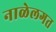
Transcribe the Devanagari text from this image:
नाळेलगत